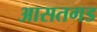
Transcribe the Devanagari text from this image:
आसतगड